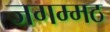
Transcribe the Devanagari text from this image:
जगम्मठ